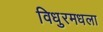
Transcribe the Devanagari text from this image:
विधुरमधला